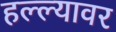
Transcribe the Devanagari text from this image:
हल्ल्यावर